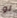
لو